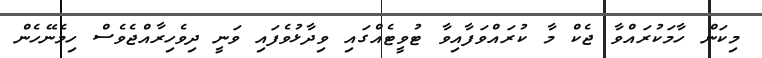
މިކަން ހާމަކުރައްވާ ޖެކް މާ ކުރައްވަފާއިވާ ޓުވީޓެއްގައި ވިދާޅުވެފައި ވަނީ ދިވެހިރާއްޖެވެސް ހިމެނޭހެން